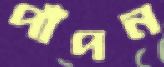
পাঁপন